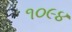
૧૦૯૪